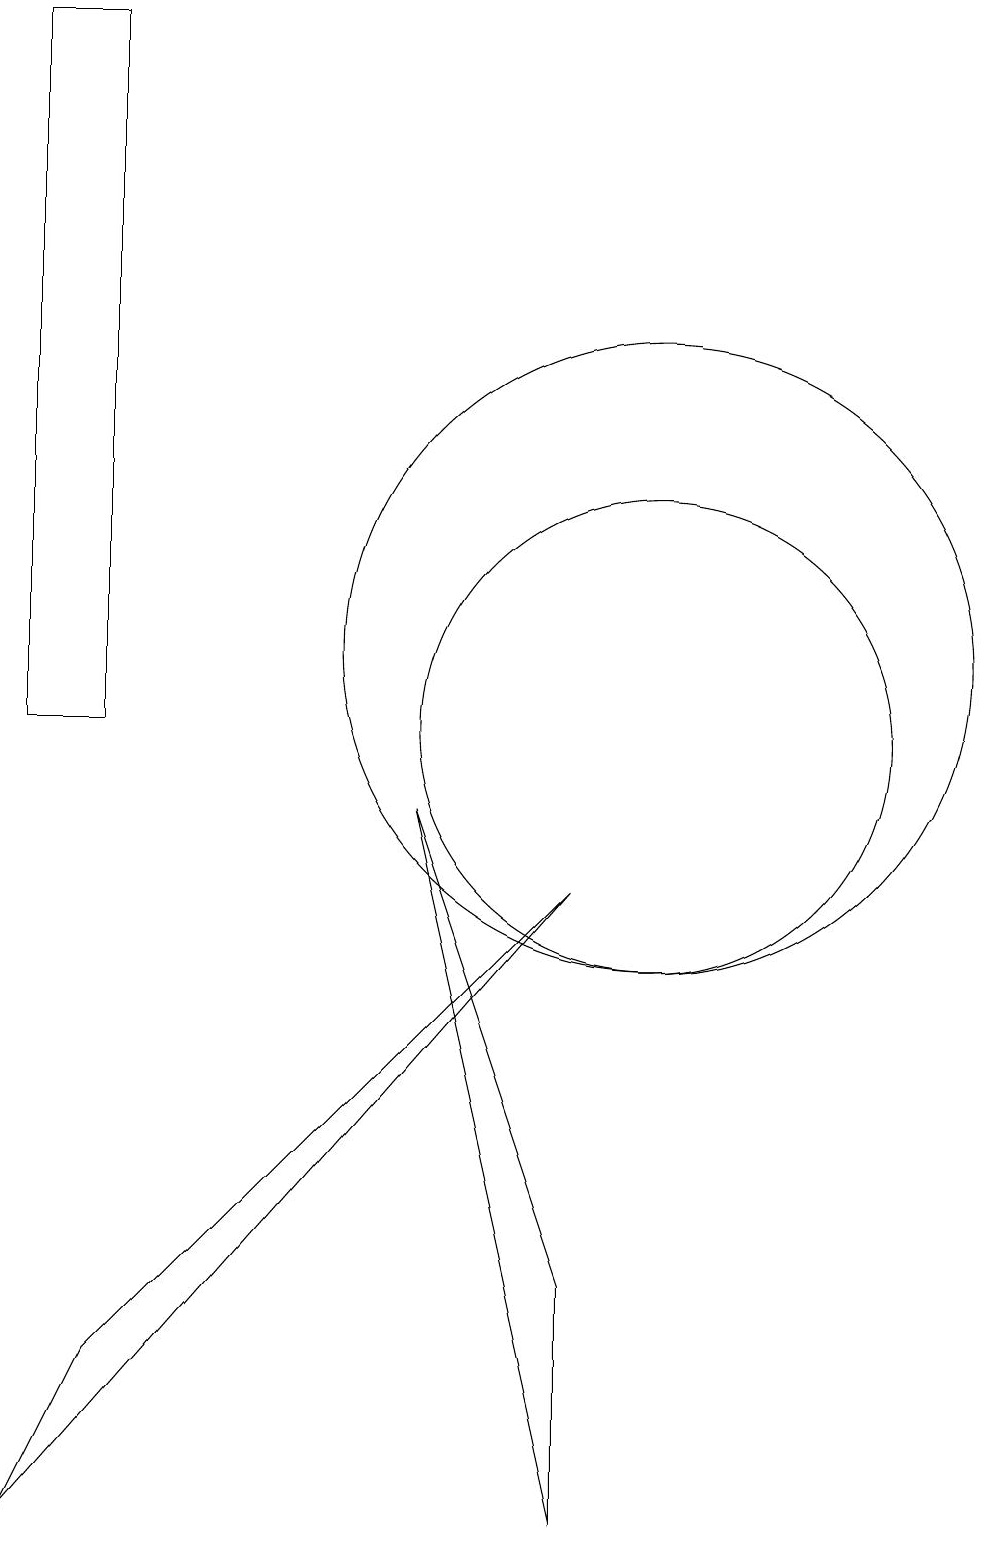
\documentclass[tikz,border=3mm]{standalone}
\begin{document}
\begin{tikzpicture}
\draw (9,0) -- (7,9) -- (9,3) -- cycle;
\draw (3,19) rectangle (2,10);
\draw (10,10) circle (3);
\draw (9,8) -- (2,0) -- (3,2) -- cycle;
\draw (10,11) circle (4);
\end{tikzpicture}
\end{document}